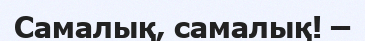
Самалық, самалық! –